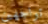
تواجهين